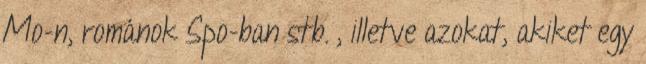
Mo-n, románok Spo-ban stb. , illetve azokat, akiket egy